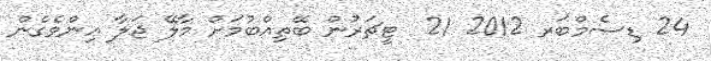
24 ޑިސެމްބަރ 2012 21  ޓީޗަރުން ބޭތިއްބުމަށް މާލޭ ޖަލާ އިންވެގެން